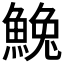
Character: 𩸃